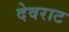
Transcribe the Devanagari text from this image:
देवराट